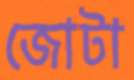
জোটা